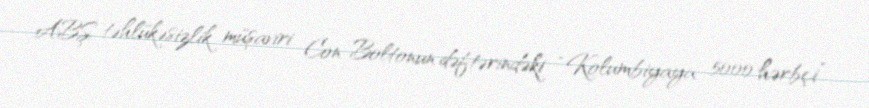
ABŞ təhlükəsizlik müşaviri Con Boltonun dəftərindəki “Kolumbiyaya 5000 hərbçi”